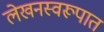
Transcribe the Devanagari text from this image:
लेखनस्वरूपात